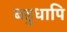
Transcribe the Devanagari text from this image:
बहुधापि